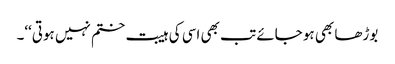
بوڑھا بھی ہو جائے تب بھی اسی کی ہیبت ختم نہیں ہوتی‘‘۔